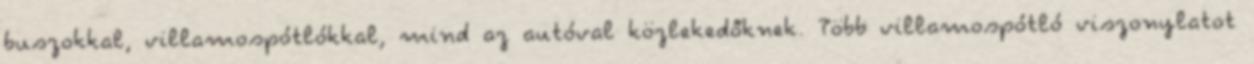
buszokkal, villamospótlókkal, mind az autóval közlekedőknek. Több villamospótló viszonylatot